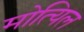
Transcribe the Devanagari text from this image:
मोत्यिल